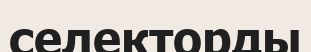
селекторды